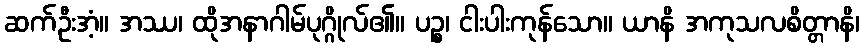
ဆက်ဦးအံ့။ အဿ၊ ထိုအနာဂါမ်ပုဂ္ဂိုလ်၏။ ပဉ္စ၊ ငါးပါးကုန်သော။ ယာနိ အကုသလစိတ္တာနိ၊